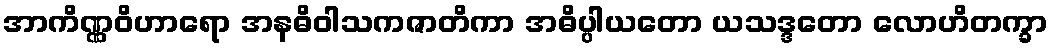
အာကိဏ္ဏဝိဟာရော အနဓိဝါသကဇာတိကာ အဓိပ္ပါယတော ယသဒ္ဒတော လောဟိတက္ခာ